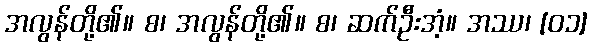
အလွန်တို့၏။ စ၊ အလွန်တို့၏။ စ၊ ဆက်ဦးအံ့။ အဿ၊ [၀၁]